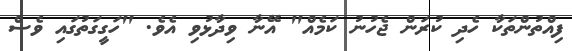
ފިއްތުންތަކާ ހެދި ކުރަން ޖެހުނު ކަމެއް" އޭނާ ވިދާޅުވި އެވެ. "ހަގީގަތުގައި ވެސް